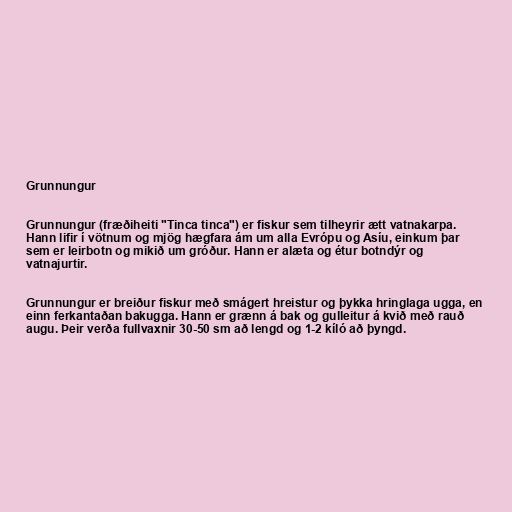
Grunnungur

Grunnungur (fræðiheiti "Tinca tinca") er fiskur sem tilheyrir ætt vatnakarpa.
Hann lifir í vötnum og mjög hægfara ám um alla Evrópu og Asíu, einkum þar
sem er leirbotn og mikið um gróður. Hann er alæta og étur botndýr og
vatnajurtir.

Grunnungur er breiður fiskur með smágert hreistur og þykka hringlaga ugga, en
einn ferkantaðan bakugga. Hann er grænn á bak og gulleitur á kvið með rauð
augu. Þeir verða fullvaxnir 30-50 sm að lengd og 1-2 kíló að þyngd.